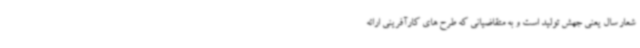
شعار سال یعنی جهش تولید است و به متقاضیانی که طرح های کارآفرینی ارائه